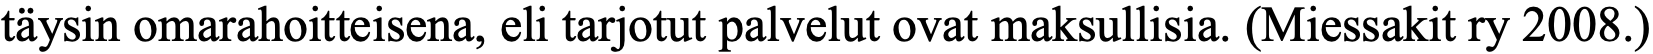
täysin omarahoitteisena, eli tarjotut palvelut ovat maksullisia. (Miessakit ry 2008.)